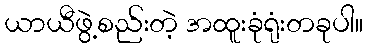
ယာယီဖွဲ့စည်းတဲ့ အထူးခုံရုံးတခုပါ။